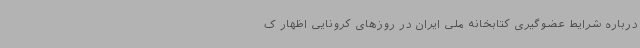
درباره شرایط عضوگیری کتابخانه ملی ایران در روزهای کرونایی اظهار ک